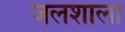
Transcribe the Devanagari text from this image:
जलशाला